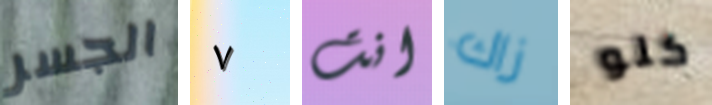
الجسر ٧ انت زاك كلو